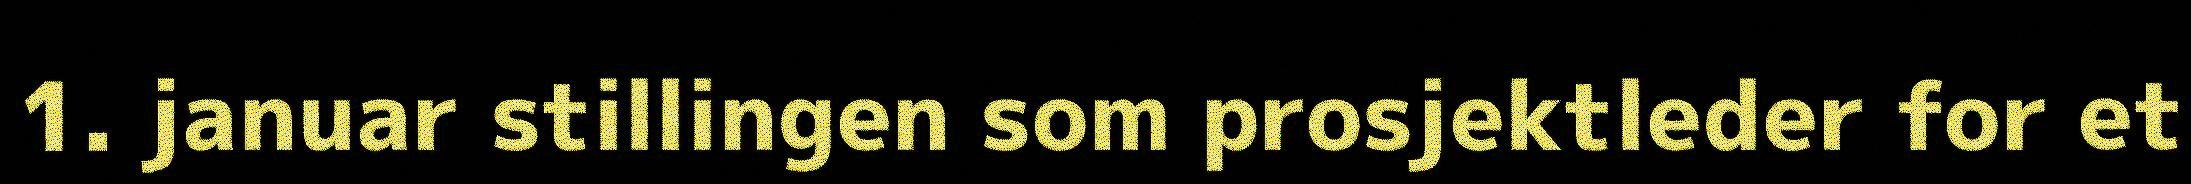
1. januar stillingen som prosjektleder for et